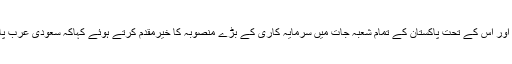
انہوں نے شہزادہ محمد بن سلیمان کے ویژن 2030ء اور اس کے تحت پاکستان کے تمام شعبہ جات میں سرمایہ کاری کے بڑے منصوبہ کا خیرمقدم کرتے ہوئے کہاکہ سعودی عرب پاکستان معاشی تعاون درست سمت میں احسن اقدام ہے۔